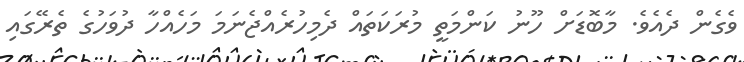
ވެގެން ދެއެވެ. މާބޮޑަށް ހޫނު ކަންމަތީ މުރަކަތައް ދެމިހުރެއްޖެނަމަ މަހެއްހާ ދުވަހުގެ ތެރޭގައި